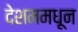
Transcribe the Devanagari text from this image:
देशममधून